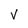
Character: V